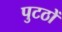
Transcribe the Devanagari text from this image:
पुटठों